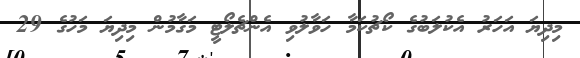
މިދިޔަ އަހަރު އެކުލަބުގެ ކޯޗުކަމާ ހަވާލުވި އެންޗެލޯޓީ މަގާމުން މިދިޔަ މަހުގެ 29